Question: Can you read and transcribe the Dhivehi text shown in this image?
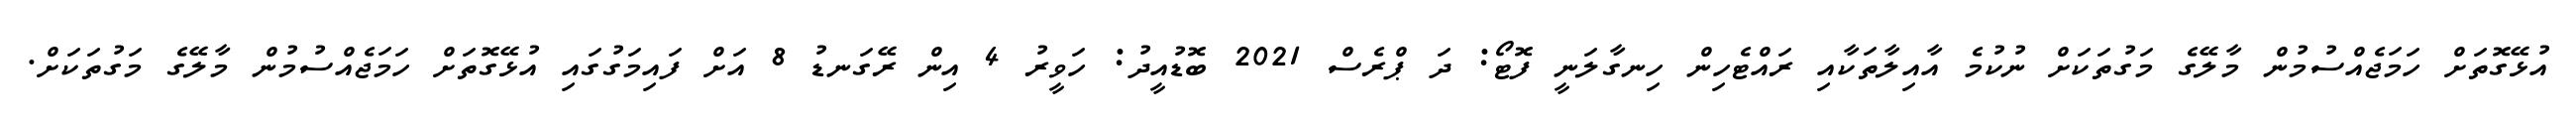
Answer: އުޅޭގޮތަށް ހަމަޖެއްސުމުން މާލޭގެ މަގުތަކަށް ނުކުމެ އާއިލާތަކާއި ރައްޓެހިން ހިނގާލަނީ ފޮޓޯ: ދަ ޕްރެސް 2021 ބޮޑުއީދު: ހަވީރު 4 އިން ރޭގަނޑު 8 އަށް ފައިމަގުގައި އުޅޭގޮތަށް ހަމަޖެއްސުމުން މާލޭގެ މަގުތަކަށް.